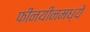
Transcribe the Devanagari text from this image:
फीनयीनमध्ये